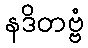
နဒိတဗ္ဗံ